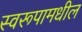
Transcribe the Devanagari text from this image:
स्वरूपामधील